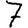
Digit: 7